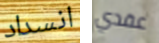
انسداد عقدي